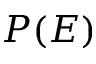
P ( E )